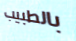
بالطبيب